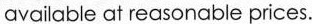
of the best quality and are available at reasonable prices.